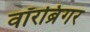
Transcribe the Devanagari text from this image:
वॉरब्रिंगर